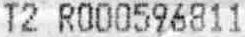
T2 R000596811